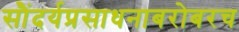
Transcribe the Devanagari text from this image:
सौंदर्यप्रसाधनाबरोबरच